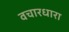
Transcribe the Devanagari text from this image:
वचारधारा